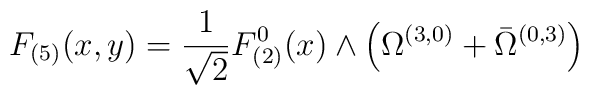
F_{(5)}(x,y)= \frac 1{\sqrt{2}} F^0_{(2)}(x) \wedge \left(\Omega^{(3,0)} +\bar \Omega^{(0,3)}\right)